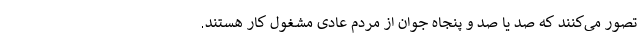
تصور می‌کنند که صد یا صد و پنجاه جوان از مردم عادی مشغول کار هستند.